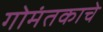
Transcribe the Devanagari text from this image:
गोमंतकाचे